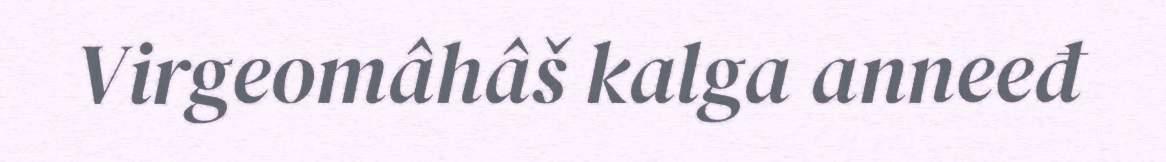
Virgeomâhâš kalga anneeđ